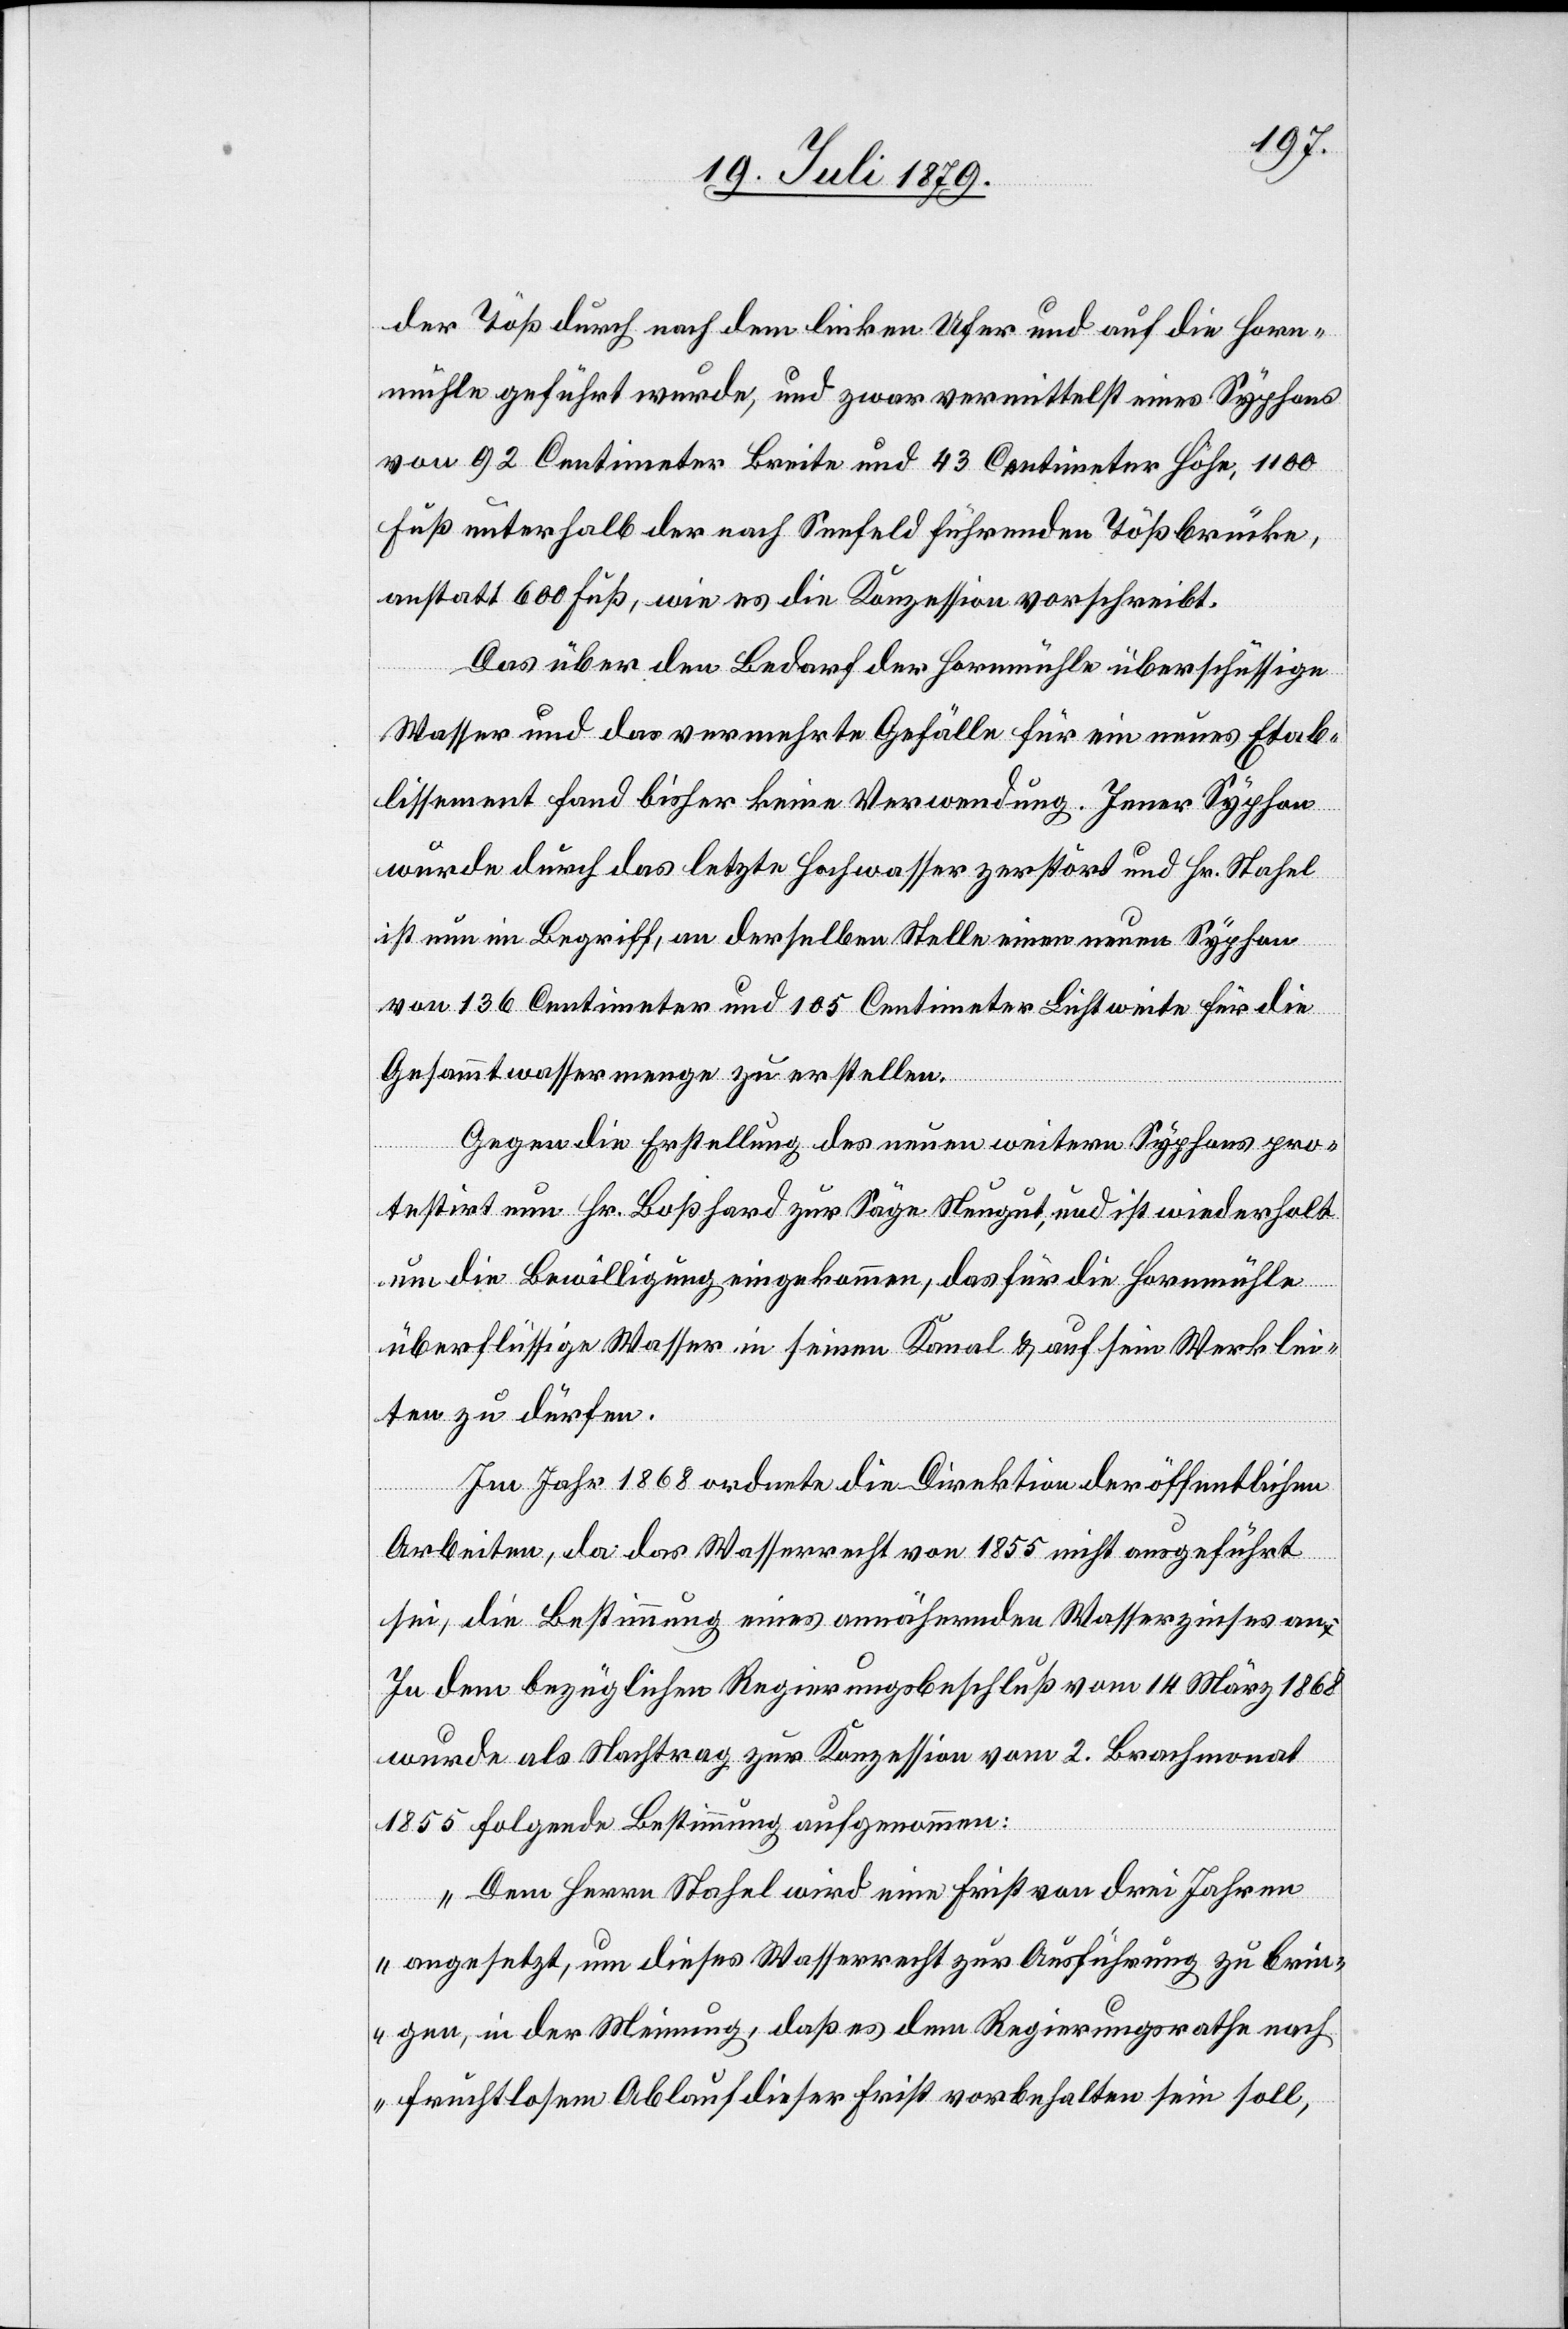
der Töß durch nach dem linken Ufer und auf die Horn¬
mühle geführt wurde, und zwar vermittelst eines Syphons
von 92 Centimeter Breite und 43 Centimeter Höhe, 1100
Fuß unterhalb der nach Seefeld führenden Tößbrücke,
anstatt 600 Fuß, wie es die Konzession vorschreibt.
Das über den Bedarf der Hornmühle überschüssige
Wasser und das vermehrte Gefälle für ein neues Etab¬
lissement fand bisher keine Verwendung. Jener Syphon
wurde durch das letzte Hochwasser zerstört und Hr. Stahel
ist nun im Begriff, an derselben Stelle einen neuen Syphon
von 136 Centimer und 105 Centimeter Lichtweite für die
Gesammtwassermenge zu erstellen.
Gegen die Erstellung des neuen weitern Syphons pro¬
testirt nun Hr. Boßhard zur Säge Neugut, und ist wiederholt
um die Bewilligung eingekommen, das für die Hornmühle
überflüssige Wasser in seinen Kanal & auf sein Werk lei¬
ten zu dürfen.
Im Jahr 1868 ordnete die Direktion der öffentlichen
Arbeiten, da das Wasserrecht von 1855 nicht ausgeführt
sei, die Bestimmung eines annähernden Wasserzinses an.
In dem bezüglichen Regierungsbeschluß vom 14. März 1868
wurde als Nachtrag zur Konzession vom 2. Brachmonat
1855 folgende Bestimmung aufgenommen:
„Dem Herrn Stahel wird eine Frist von drei Jahren
angesetzt, um dieses Wasserrecht zur Ausführung zu brin¬
gen, in der Meinung, daß es dem Regierungsrathe nach
fruchtlosem Ablauf dieser Frist vorbehalten sein soll,